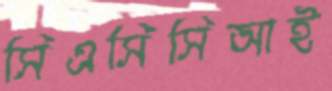
সিএসিসিআই